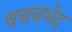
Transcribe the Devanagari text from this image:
वचनभेद